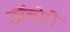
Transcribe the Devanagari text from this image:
क्रॉकोरी